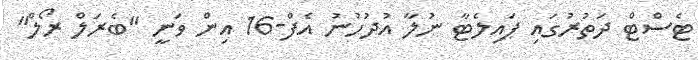
ޓެސްޓް ދަތުރުގައި ޕައިލެޓާ ނުލާ އުދުހުނު އެފް-16 އިން ވަނީ "ބެރަލް ރޯލް"